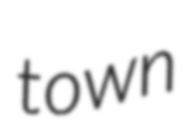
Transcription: town